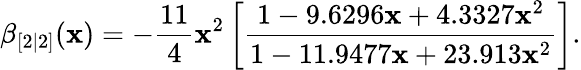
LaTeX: \beta_{[2|2]}(\mathbf{x})=-\frac{{11}}{{4}}\mathbf{x}^{2}\left[\frac{{1-9.6296\mathbf{x}+4.3327\mathbf{x}^{2}}}{{1-11.9477\mathbf{x}+23.913\mathbf{x}^{2}}}\right].